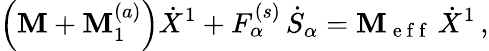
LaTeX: \left(\mathbf{M}+\mathbf{M}_{1}^{(a)}\right)\dot{{X}}^{1}+F_{\alpha}^{(s)}\, \dot{{S}}_{\alpha}=\mathbf{M}_{\mathrm{{~e~f~f~}}}\, \dot{{X}}^{1}\, ,